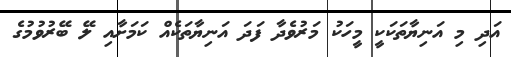
އަދި މި އަނިޔާތަކަކީ މީހަކު މަރުވެދާ ފަދަ އަނިޔާތަކެއް ކަމަށާއި ލޭ ބޭރުވުމުގެ